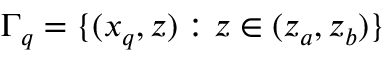
\Gamma _ { q } = \lbrace ( x _ { q } , z ) : z \in ( z _ { a } , z _ { b } ) \rbrace